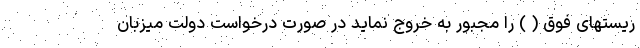
ریستهای فوق ( ) را مجبور به خروج نماید در صورت درخواست دولت میزبان